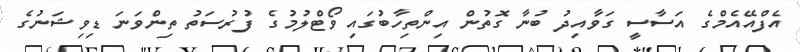
އެފްއޭއެމްގެ އަސާސީ ގަވާއިދު ބުނާ ގޮތުން އިންތިހާބުގައި ވޯޓްލުމުގެ ފުރުސަތު ތިންވަނަ ޑިވިޝަނުގެ